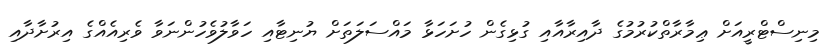
މިނިސްޓްރީއަށް ޢިމާރާތްކުރުމުގެ ދާއިރާއާއި ގުޅިގެން ހުށަހަޅާ މައްސަލަތަށް ޔުނިޓާއި ހަވާލުވެހުންނަވާ ވެރިއެއްގެ އިރުށާދާއި